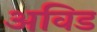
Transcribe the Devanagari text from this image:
अविड